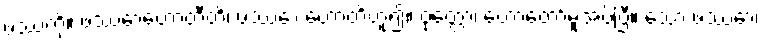
ဖဿကို။ ဖဿောဟောတီတိ၊ ဖဿော ဟောတိဟူ၍။ ဝုတ္တော၊ ဟောတော်မူအပ်ပြီ။ သော ဖဿော၊